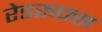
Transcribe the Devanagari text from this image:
रेडरूफ़्स